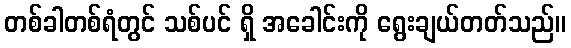
တစ်ခါတစ်ရံတွင် သစ်ပင် ရှိ အခေါင်းကို ရွေးချယ်တတ်သည်။